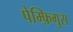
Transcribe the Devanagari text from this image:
पेम्फ़िगुस